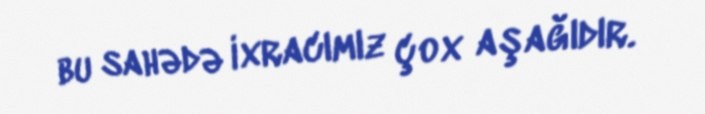
bu sahədə ixracımız çox aşağıdır.